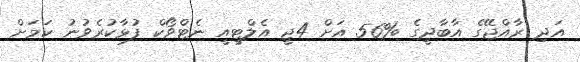
އަދި ރާއްޖޭގެ އާބާދީގެ %56 އަށް 4ޖީ އެލްޓީއީ ނެޓްވޯކް ފުޅާކުރެވުނު ކަމަށް